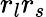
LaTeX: r_{l}r_{s}